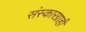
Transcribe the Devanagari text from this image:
संस्कारग्राही